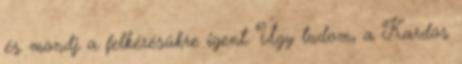
és mondj a felkérésükre igent. Úgy tudom, a Kardos